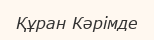
Құран Кәрімде